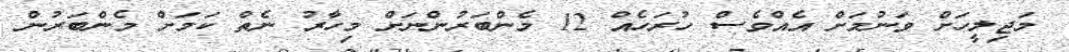
މަޖިލީހަށް ވަނުމަށް އެއްވެސް ހުރަހެއް 12 މެންބަރުންނަށް މިހާރު ނެތް ކަމަށް މެންބަރުން